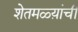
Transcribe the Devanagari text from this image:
शेतमळ्य़ांची